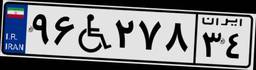
۹۶W۲۷۸۳۴